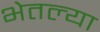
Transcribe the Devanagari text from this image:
भेतल्या